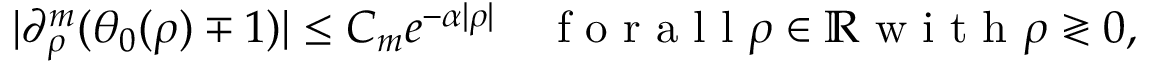
| \partial _ { \rho } ^ { m } ( \theta _ { 0 } ( \rho ) \mp 1 ) | \leq C _ { m } e ^ { - \alpha | \rho | } \quad \mathrm { ~ f ~ o ~ r ~ a ~ l ~ l ~ } \rho \in \ensuremath { \mathbb { R } } \mathrm { ~ w ~ i ~ t ~ h ~ } \rho \gtrless 0 ,